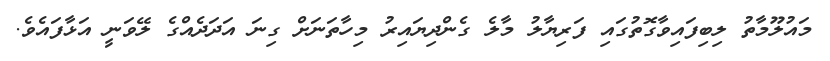
މައުލޫމާތު ލިބިފައިވާގޮތުގައި ފަރިޔާލު މާލެ ގެންދިޔައިރު މިހާތަނަށް ގިނަ އަދަދެއްގެ ލޭވަނީ އަޅާފައެވެ.